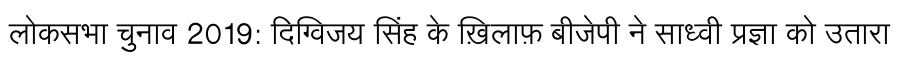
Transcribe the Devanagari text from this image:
लोकसभा चुनाव 2019: दिग्विजय सिंह के ख़िलाफ़ बीजेपी ने साध्वी प्रज्ञा को उतारा